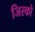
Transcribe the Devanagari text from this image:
जिस्को